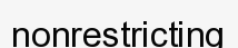
nonrestricting